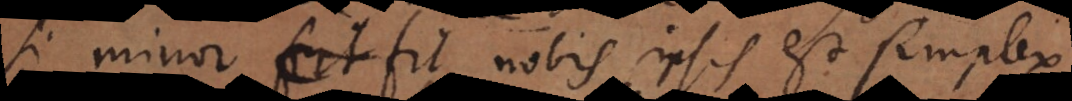
si minor fit nobis ipsis est simplex